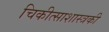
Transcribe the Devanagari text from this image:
चिकीत्साशास्त्रकी